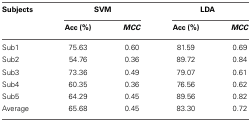
<table><thead><tr><td><b>Subjects</b></td><td colspan="2"><b>SVM</b></td><td colspan="2"><b>LDA</b></td></tr><tr><td></td><td><b>Acc (%)</b></td><td><b><i>MCC</i></b></td><td><b>Acc (%)</b></td><td><b><i>MCC</i></b></td></tr></thead><tbody><tr><td>Sub1</td><td>75.63</td><td>0.60</td><td>81.59</td><td>0.69</td></tr><tr><td>Sub2</td><td>54.76</td><td>0.36</td><td>89.72</td><td>0.84</td></tr><tr><td>Sub3</td><td>73.36</td><td>0.49</td><td>79.07</td><td>0.61</td></tr><tr><td>Sub4</td><td>60.35</td><td>0.36</td><td>76.56</td><td>0.62</td></tr><tr><td>Sub5</td><td>64.29</td><td>0.45</td><td>89.56</td><td>0.82</td></tr><tr><td>Average</td><td>65.68</td><td>0.45</td><td>83.30</td><td>0.72</td></tr></tbody></table>